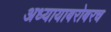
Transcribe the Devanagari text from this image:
अध्यायाबरोबरच